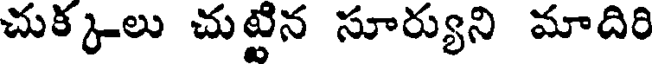
చుక్కలు చుట్టిన సూర్యుని మాదిరి